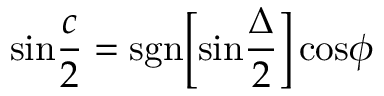
\mathrm { s i n } { \frac { c } { 2 } } = \mathrm { s g n } \Big [ \mathrm { s i n } { \frac { \Delta } { 2 } } \Big ] \, \mathrm { c o s } \phi